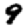
Digit: 9